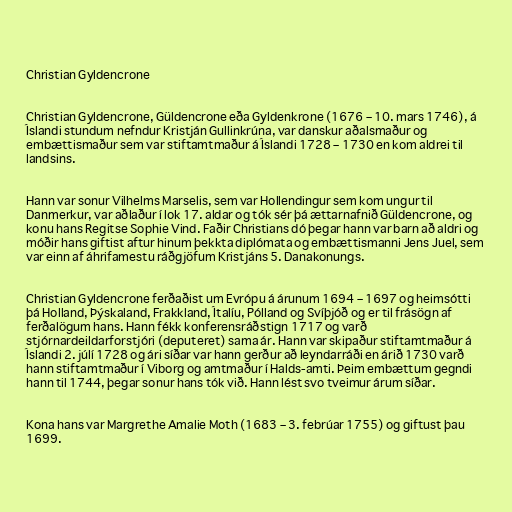
Christian Gyldencrone

Christian Gyldencrone, Güldencrone eða Gyldenkrone (1676 – 10. mars 1746), á
Íslandi stundum nefndur Kristján Gullinkrúna, var danskur aðalsmaður og
embættismaður sem var stiftamtmaður á Íslandi 1728 – 1730 en kom aldrei til
landsins.

Hann var sonur Vilhelms Marselis, sem var Hollendingur sem kom ungur til
Danmerkur, var aðlaður í lok 17. aldar og tók sér þá ættarnafnið Güldencrone, og
konu hans Regitse Sophie Vind. Faðir Christians dó þegar hann var barn að aldri og
móðir hans giftist aftur hinum þekkta diplómata og embættismanni Jens Juel, sem
var einn af áhrifamestu ráðgjöfum Kristjáns 5. Danakonungs.

Christian Gyldencrone ferðaðist um Evrópu á árunum 1694 – 1697 og heimsótti
þá Holland, Þýskaland, Frakkland, Ítalíu, Pólland og Svíþjóð og er til frásögn af
ferðalögum hans. Hann fékk konferensráðstign 1717 og varð
stjórnardeildarforstjóri (deputeret) sama ár. Hann var skipaður stiftamtmaður á
Íslandi 2. júlí 1728 og ári síðar var hann gerður að leyndarráði en árið 1730 varð
hann stiftamtmaður í Viborg og amtmaður í Halds-amti. Þeim embættum gegndi
hann til 1744, þegar sonur hans tók við. Hann lést svo tveimur árum síðar.

Kona hans var Margrethe Amalie Moth (1683 – 3. febrúar 1755) og giftust þau
1699.